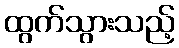
ထွက်သွားသည့်